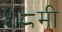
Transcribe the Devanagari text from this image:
५८मी